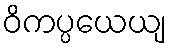
ဝိကပ္ပယေယျ